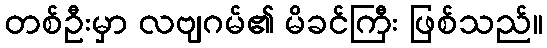
တစ်ဦးမှာ လဗျဂမ်၏ မိခင်ကြီး ဖြစ်သည်။